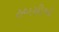
હબસીઓ